King Institute of Preventive Medicine Bacteriolog. Section reports 1907-08
Year: 1907
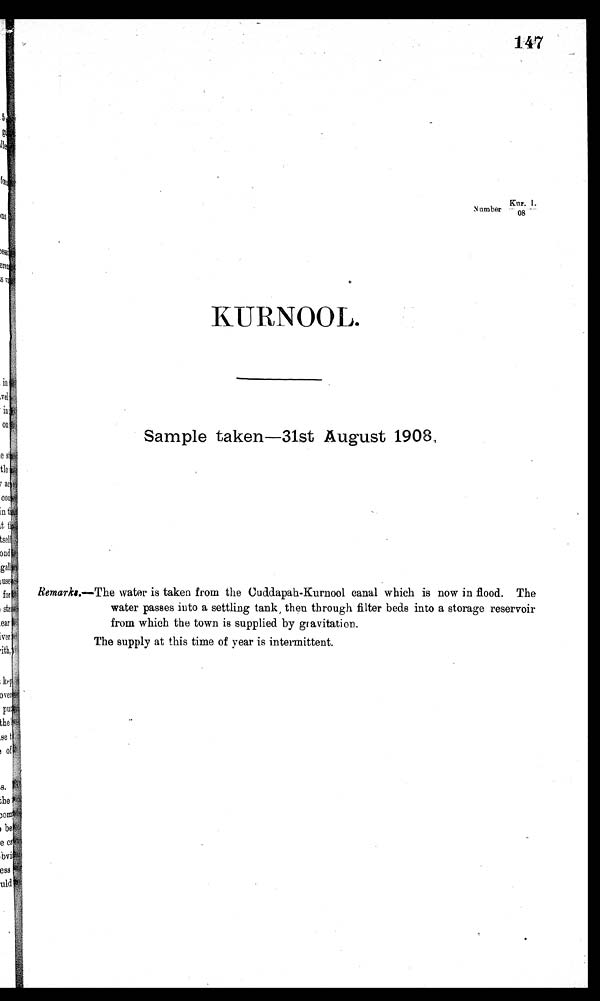
147
Number Knr. I./
08
KURNOOL.
Sample taken—31st August 1908.
Remarks.— The water is taken from the Cuddapah-Kurnool canal which is now in flood. The
water passes into a settling tank, then through filter beds into a storage reservoir
from which the town is supplied by gravitation.
The supply at this time of year is intermittent.